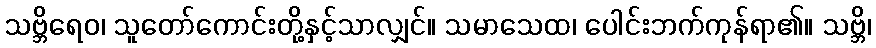
သဗ္ဘိရေဝ၊ သူတော်ကောင်းတို့နှင့်သာလျှင်။ သမာသေထ၊ ပေါင်းဘက်ကုန်ရာ၏။ သဗ္ဘိ၊